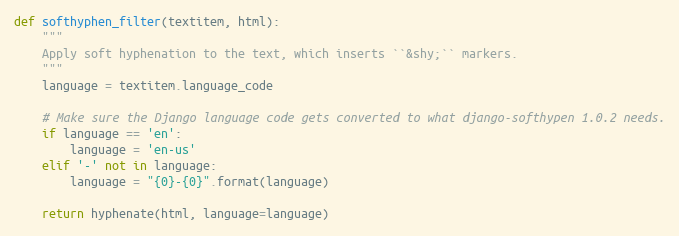
Language: Python
def softhyphen_filter(textitem, html):
    """
    Apply soft hyphenation to the text, which inserts ``&shy;`` markers.
    """
    language = textitem.language_code

    # Make sure the Django language code gets converted to what django-softhypen 1.0.2 needs.
    if language == 'en':
        language = 'en-us'
    elif '-' not in language:
        language = "{0}-{0}".format(language)

    return hyphenate(html, language=language)